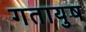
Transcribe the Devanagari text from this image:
गतायुष